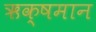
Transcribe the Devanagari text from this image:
ऋक्षमान